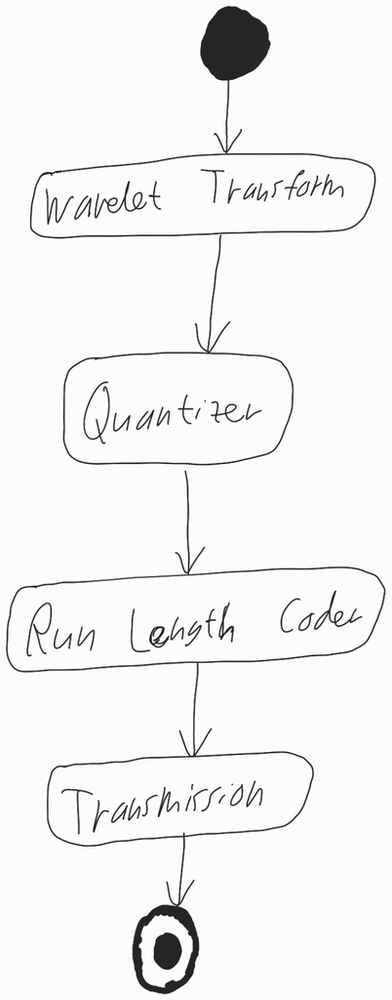
Diagram type: activity_diagram
```plantuml
@startuml

start

:Wavelet Transform;

:Quantizer;

:Run Length Coder;

:Transmission;

stop

@enduml
```